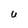
Character: U